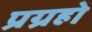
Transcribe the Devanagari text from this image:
प्रग्रहो